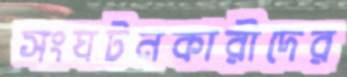
সংঘটনকারীদের